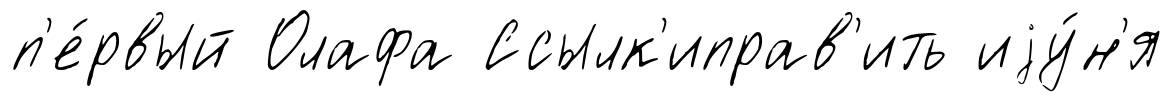
п'е́рвый Олафа Ссылк'иправ'ить иjу́н'я